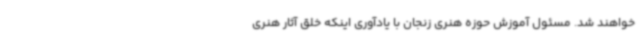
خواهند شد. مسئول آموزش حوزه هنری زنجان با یادآوری اینکه خلق آثار هنری